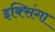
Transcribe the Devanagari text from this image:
इक्सिंगा